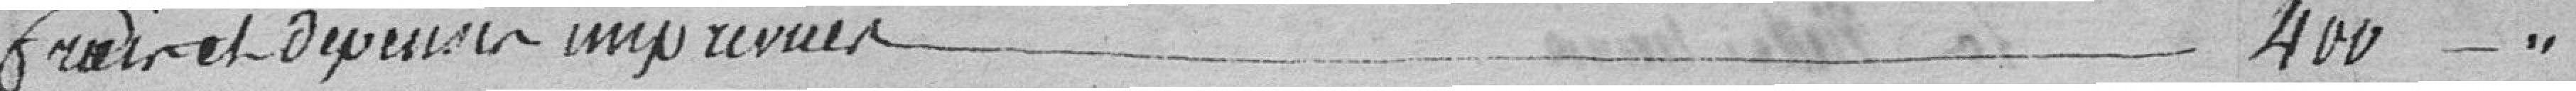
frais et dépenses imprévues 400